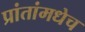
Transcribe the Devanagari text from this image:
प्रांतांमधेच